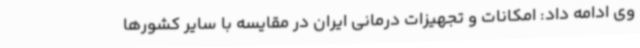
وی ادامه داد: امکانات و تجهیزات درمانی ایران در مقایسه با سایر کشورها